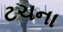
ટચના